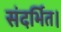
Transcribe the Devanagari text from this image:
संदर्भित।